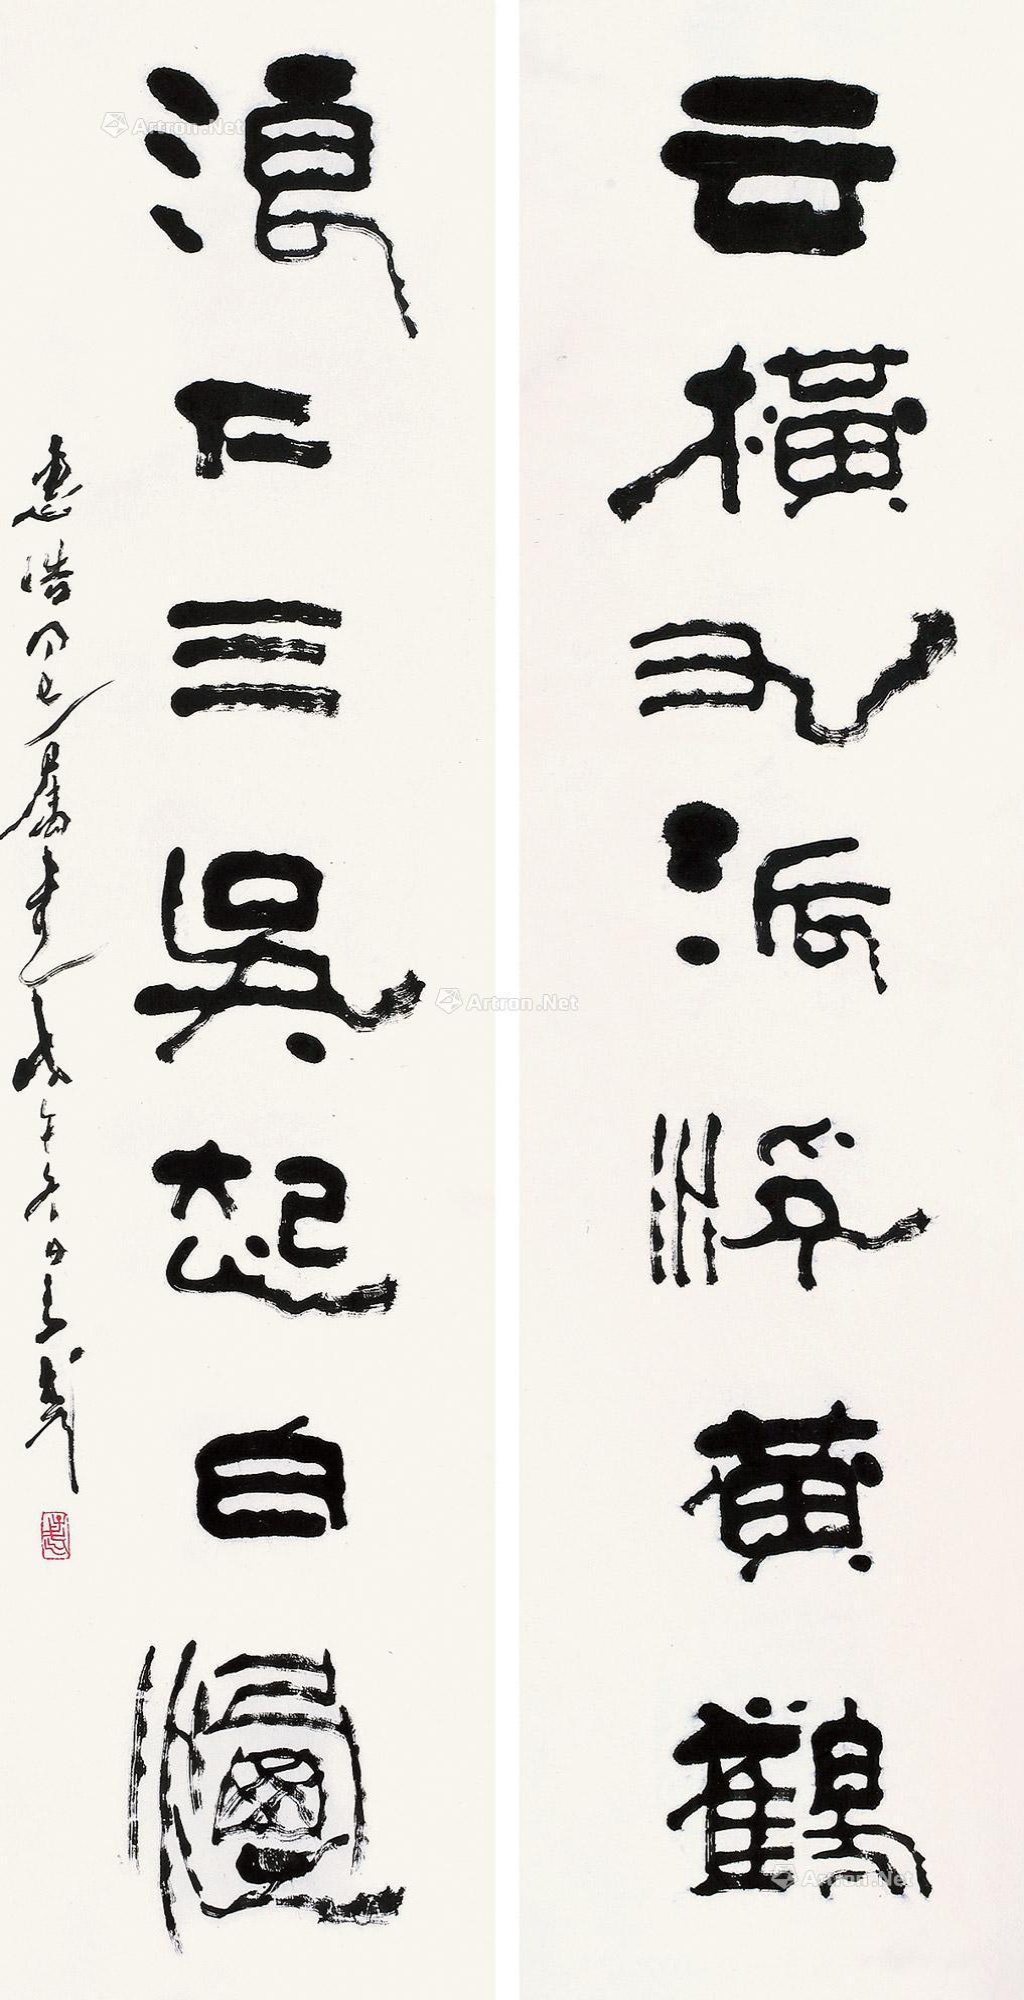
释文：云横九派浮黄鹤浪下三吴起白烟惠浩同志属书戊午冬日王子武。